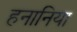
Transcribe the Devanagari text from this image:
हनानिया